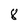
Character: 8